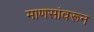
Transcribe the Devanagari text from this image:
माणसांवरून